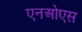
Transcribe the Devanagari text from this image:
एनओएस